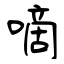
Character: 嘀